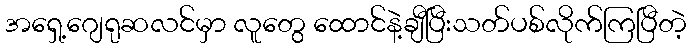
အရှေ့ဂျေရုဆလင်မှာ လူတွေ ထောင်နဲ့ချီပြီးသတ်ပစ်လိုက်ကြပြီတဲ့